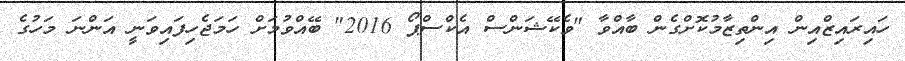
ހައިރައިޒްއިން އިންތިޒާމުކޮށްގެން ބާއްވާ "ވެކޭޝަންސް އެކްސްޕޯ 2016" ބޭއްވުމަށް ހަމަޖެހިފައިވަނީ އަންނަ މަހުގެ